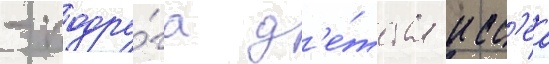
- подру́га д'е́тства исс'еа